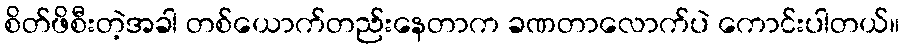
စိတ်ဖိစီးတဲ့အခါ တစ်ယောက်တည်းနေတာက ခဏတာလောက်ပဲ ကောင်းပါတယ်။